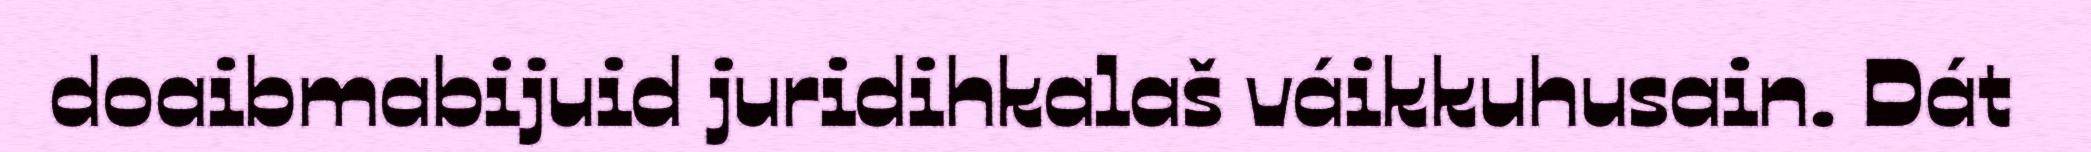
doaibmabijuid juridihkalaš váikkuhusain. Dát